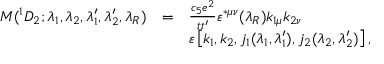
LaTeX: \begin{array} { l c l } { { { \cal M } ( ^ { 1 } D _ { 2 } ; \lambda _ { 1 } , \lambda _ { 2 } , \lambda _ { 1 } ^ { \prime } , \lambda _ { 2 } ^ { \prime } , \lambda _ { R } ) } } & { { = } } & { { \frac { c _ { 5 } e ^ { 2 } } { t t ^ { \prime } } \varepsilon ^ { * \mu \nu } ( \lambda _ { R } ) k _ { 1 \mu } k _ { 2 \nu } } } \\ { { } } & { { } } & { { \varepsilon \left[ k _ { 1 } , k _ { 2 } , j _ { 1 } ( \lambda _ { 1 } , \lambda _ { 1 } ^ { \prime } ) , j _ { 2 } ( \lambda _ { 2 } , \lambda _ { 2 } ^ { \prime } ) \right] , } } \end{array}